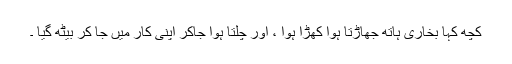
کچھ کہا بخاری ہاتھ جھاڑتا ہوا کھڑا ہوا ، اور چلتا ہوا جاکر اپنی کار میں جا کر بیٹھ گیا ۔